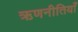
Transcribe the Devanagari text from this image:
ऋणनीतियाँ